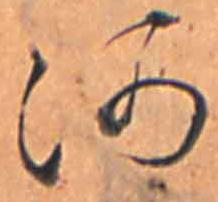
河